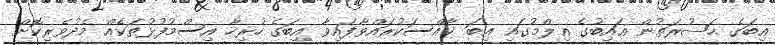
އިބަގެ ޙަޟުރަތުން ޣައިބުގެ ޢިލްމުގައި އިބަ ޚާއްސަކުރައްވާފައިވާ އިބަގެ ހުރިހާ އިސްމުފުޅުތަކެއް މެދުވެރިކޮށް